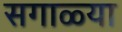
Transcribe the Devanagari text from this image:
सगाळ्या